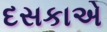
દસકાએ